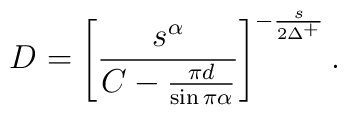
D = \left[ \frac{s^{\alpha}}{C - \frac{\pi d}{\sin \pi \alpha}} \right]^{-\frac{s}{2\Delta^{+}}}.